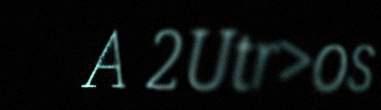
A 2Utr>os